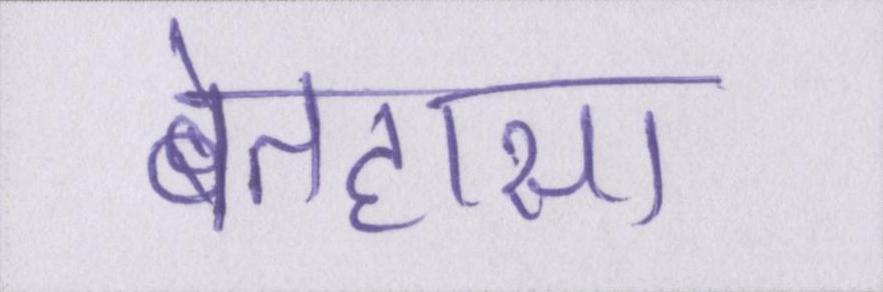
बेतहासा